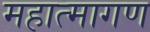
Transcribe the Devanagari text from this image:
महात्मागण